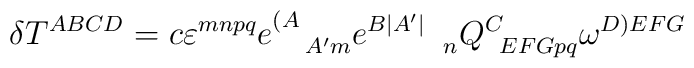
\delta T^{ABCD} = c \varepsilon^{mnpq}e^{(A}_{\quad A'm} e^{B|A'|}_{\qquad \ n} Q^C_{\ \, EFGpq} \omega^{D)EFG} \label y